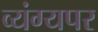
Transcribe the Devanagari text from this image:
व्यंग्यपर